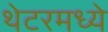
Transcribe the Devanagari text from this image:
थेटरमध्ये